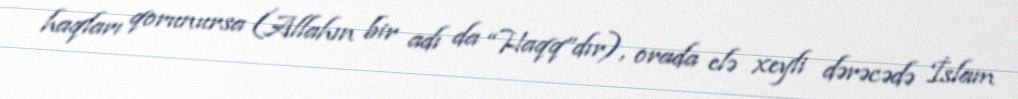
haqları qorunursa (Allahın bir adı da “Haqq”dır), orada elə xeyli dərəcədə İslam